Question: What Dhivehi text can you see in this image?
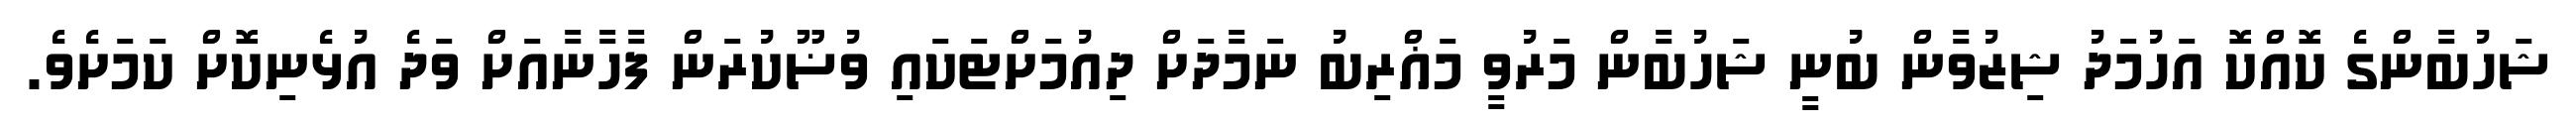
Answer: ޝަހުބާންގެ ކޮއްކޮ އަހުމަދު ޝިޒުވާން ބުނީ ޝަހުބާން މަރުވީ މަޣްރިބު ނަމާދަށް ދިއުމަށްޓަކައި ވުޟޫކުރަން ފާހާނާއަށް ވަދެ އުޅެނިކޮށް ކަމަށެވެ.